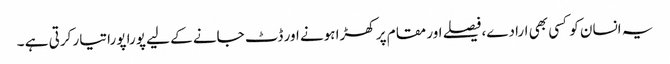
یہ انسان کو کسی بھی ارادے،فیصلے اور مقام پر کھڑا ہونے اور ڈٹ جانے کے لیے پورا پورا تیار کرتی ہے ۔